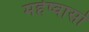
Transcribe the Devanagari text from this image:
महेष्वासो